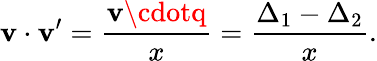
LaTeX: \mathbf{v}\cdot\mathbf{v}^{\prime}=\frac{{\mathbf{v}\cdotq}}{{x}}=\frac{{\Delta_{1}-\Delta_{2}}}{{x}}.